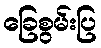
ခြေစွမ်းပြ